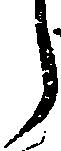
う